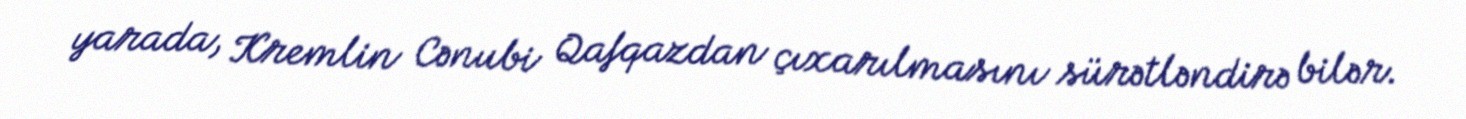
yarada, Kremlin Cənubi Qafqazdan çıxarılmasını sürətləndirə bilər.